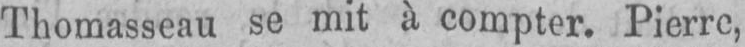
Thomasseau se mit à compter. Pierre,